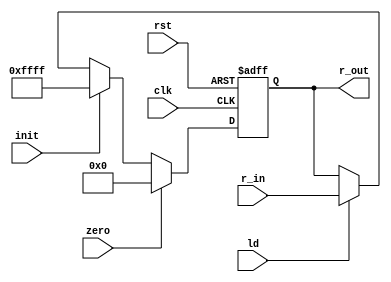
module register (input clk,rst,zero,init,ld, input [15:0] r_in, output reg [15:0] r_out);

	always@(posedge clk, posedge rst)begin
		if(rst == 1'b1)
			r_out <= 0;
		else
			if(zero == 1'b1)
				r_out <= 0;
			else if (init == 1'b1)
				r_out <= 16'hFFFF;
			else if(ld == 1'b1)
				r_out <= r_in;
	end
 endmodule